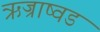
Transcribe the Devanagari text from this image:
ऋज्राष्वड